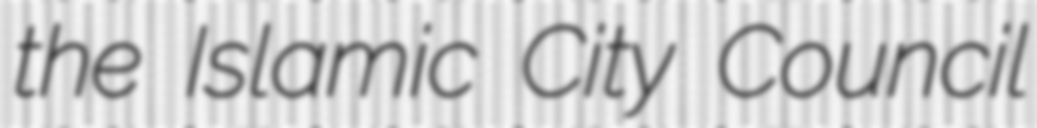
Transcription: the Islamic City Council